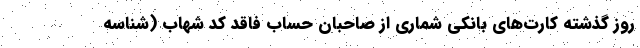
روز گذشته کارت‌های بانکی شماری از صاحبان حساب فاقد کد شهاب (شناسه